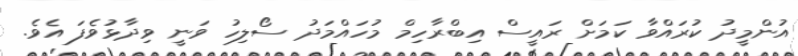
އުންމީދު ކުރައްވާ ކަމަށް ރައީސް އިބްރާހިމް މުހައްމަދު ސޯލިހު ވަނީ ވިދާޅުވެފަ އެވެ.